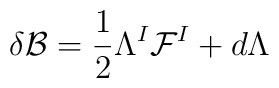
\delta {\cal B} = \frac12 \Lambda^I {\cal F}^I + d \Lambda